Annual administration report of the Civil Veterinary Department of India - 1893-1894
Year: 1893
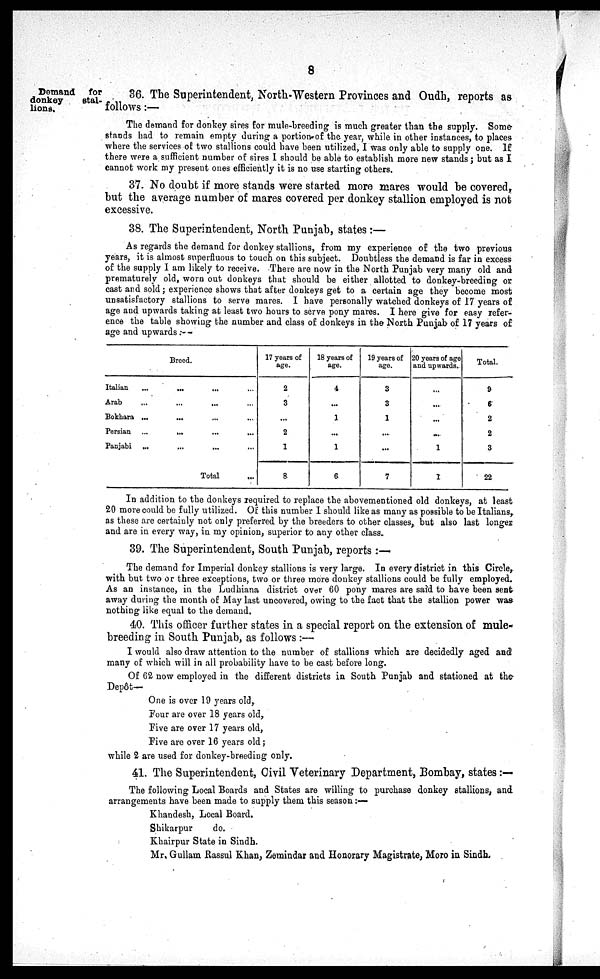
8
Demand for
donkey
stal-
lions.
36. The Superintendent, North-Western Provinces and Oudh, reports as
follows :—
The demand for donkey sires for mule-breeding is much greater than the supply. Some-
stands had to remain empty during a portion of the year, while in other instances, to places
where the services of two stallions could have been utilized, I was only able to supply one. If
there were a sufficient number of sires I should be able to establish more new stands ; but as I
cannot work my present ones efficiently it is no use starting others.
37. No doubt if more stands were started more mares would be covered,
but the average number of mares covered per donkey stallion employed is not
excessive.
38. The Superintendent, North Punjab, states :—
As regards the demand for donkey stallions, from my experience of the two previous
years, it is almost superfluous to touch on this subject. Doubtless the demand is far in excess
of the supply I am likely to receive. There are now in the North Punjab very many old and
prematurely old, worn out donkeys that should be either allotted to donkey-breeding or
cast and sold; experience shows that after donkeys get to a certain age they become most
unsatisfactory stallions to serve mares. I have personally watched donkeys of 17 years of
age and upwards taking at least two hours to serve pony mares. I here give for easy refer-
ence the table showing the number and class of donkeys in the North Punjab of 17 years of
age and upwards :—
Breed.
Italian … … … ...
Arab … … … ...
Bokhara … … … ...
Persian … … … ...
Panjabi … … … ...
Total ...
17 years of
age.
2
3
...
2
1
8
18 years of
age.
4
...
1
...
1
6
19 years of
age.
3
3
1
...
...
7
20 years of age
and upwards..
...
...
...
...
1
1
Total.
9
6
2
2
3
22
In addition to the donkeys required to replace the abovementioned old donkeys, at least
20 more could be fully utilized. Of this number I should like as many as possible to be Italians,
as these are certainly not only preferred by the breeders to other classes, but also last longer
and are in every way, in my opinion, superior to any other class.
39. The Superintendent, South Punjab, reports :—
The demand for Imperial donkey stallions is very large. In every district in this Circle,
with but two or three exceptions, two or three more donkey stallions could be fully employed.
As an instance, in the Ludhiana district over 60 pony mares are said to have been sent
away during the month of May last uncovered, owing to the fact that the stallion power was
nothing like equal to the demand.
40. This officer further states in a special report on the extension of mule-
breeding in South Punjab, as follows :—
I would also draw attention to the number of stallions which are decidedly aged and
many of which will in all probability have to be cast before long.
Of 62 now employed in the different districts in South Punjab and stationed at the-
Depôt—
One is over 19 years old,
Four are over 18 years old,
Five are over 17 years old,
Five are over 16 years old ;
while 2 are used for donkey-breeding only.
41. The Superintendent, Civil Veterinary Department, Bombay, states :—
The following Local Boards and States are willing to purchase donkey stallions, and
arrangements have been made to supply them this season :—
Khandesh, Local Board.
Shikarpur
do.
Khairpur State in Sindh.
Mr. Gullam Rassul Khan, Zemindar and Honorary Magistrate, Moro in Sindh.